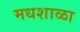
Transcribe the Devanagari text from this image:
मधशाळा